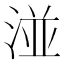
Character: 湴